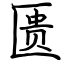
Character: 匮